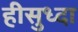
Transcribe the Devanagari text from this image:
हीसुध्दा